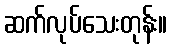
ဆက်လုပ်သေးတုန်း။